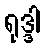
ရုဒ္ဒါ